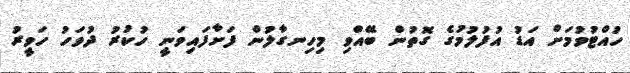
ހުއްޓުވުމަށް އަޑު އުފުލުމުގެ ގޮތުން ބޭއްވި މިހިނގާލުން ފަށާފައިވަނީ ހުކުރު ދުވަހު ހަވީރު